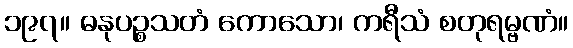
၁၉၇။ ဓနုပဉ္စသတံ ကောသော၊ ကရီသံ စတုရမ္ဗဏံ။